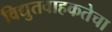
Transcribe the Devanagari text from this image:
विद्युतवाहकतेचा